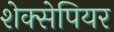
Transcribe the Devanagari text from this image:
शेक्सेपियर